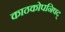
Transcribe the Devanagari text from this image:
काठकोपनिषद्